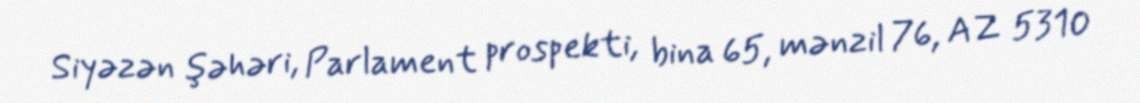
Siyəzən şəhəri, Parlament prospekti, bina 65, mənzil 76, AZ 5310